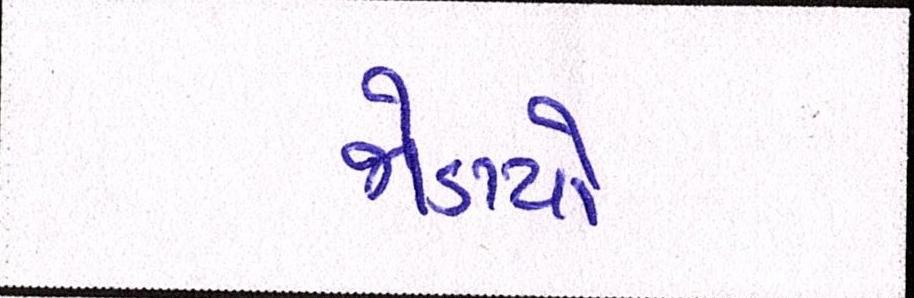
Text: જોડાયો